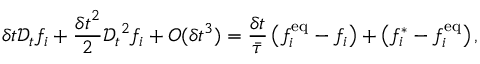
\delta t \mathcal { D } _ { t } f _ { i } + \frac { { \delta t } ^ { 2 } } { 2 } { \mathcal { D } _ { t } } ^ { 2 } f _ { i } + { O } ( { \delta t } ^ { 3 } ) = \frac { \delta t } { \bar { \tau } } \left( f _ { i } ^ { \mathrm { e q } } - f _ { i } \right) + \left( f _ { i } ^ { * } - f _ { i } ^ { \mathrm { e q } } \right) ,